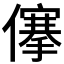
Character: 𠏯